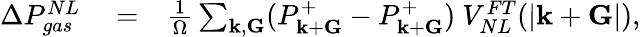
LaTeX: \begin{array}{rlr}{\Delta P_{gas}^{NL}}&{{}=}&{\frac{1}{\Omega}\sum_{{\mathbf k},{\mathbf G}}(P_{{\mathbf k}+{\mathbf G}}^{+}-P_{{\mathbf k}+{\mathbf G}}^{+})~V_{NL}^{FT}(|{\mathbf k}+{\mathbf G}|),}\end{array}